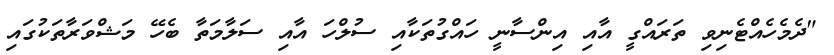
"ދެމެހެއްޓެނިވި ތަރައްގީ އާއި އިންސާނީ ހައްގުތަކާއި ސުލްހަ އާއި ސަލާމަތާ ބެހޭ މަޝްވަރާތަކުގައި